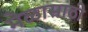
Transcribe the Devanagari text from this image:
मेळासाठी